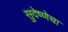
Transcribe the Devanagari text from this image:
सुदेष्णेचा